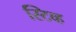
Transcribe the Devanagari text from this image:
स्टिव्ह